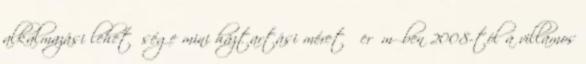
alkalmazási lehetősége mini háztartási méretű erőműben 2008-tól a villamos